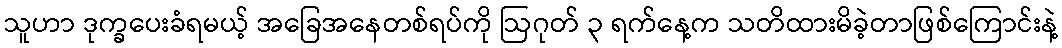
သူဟာ ဒုက္ခပေးခံရမယ့် အခြေအနေတစ်ရပ်ကို ဩဂုတ် ၃ ရက်နေ့က သတိထားမိခဲ့တာဖြစ်ကြောင်းနဲ့